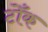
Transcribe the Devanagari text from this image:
टोँक